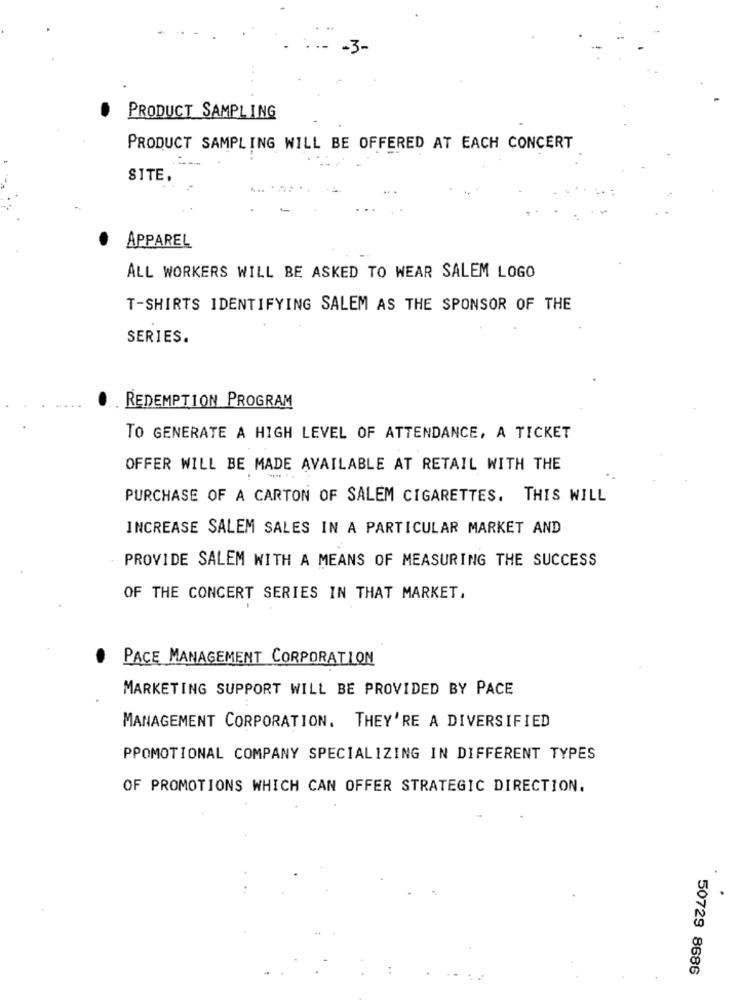
PRODUCT SAMPLING
PRODUCT SAMPLING WILL BE OFFERED AT EACH CONCERT
SITE.
APPAREL
ALL WORKERS WILL BE ASKED TO WEAR SALEM LOGO
T-SHIRTS IDENTIFYING SALEM AS THE SPONSOR OF THE
SERIES.
REDEMPTION PROGRAM
TO GENERATE A HIGH LEVEL OF ATTENDANCE, A TICKET
OFFER WILL BE MADE AVAILABLE AT RETAIL WITH THE
PURCHASE OF A CARTON OF SALEM CIGARETTES. THIS WILL
INCREASE SALEM SALES IN A PARTICULAR MARKET AND
PROVIDE SALEM WITH A MEANS OF MEASURING THE SUCCESS
OF THE CONCERT SERIES IN THAT MARKET,
PACE MANAGEMENT CORPORATION
MARKETING SUPPORT WILL BE PROVIDED BY PACE
MANAGEMENT CORPORATION. THEY'RE A DIVERSIFIED
PROMOTIONAL COMPANY SPECIALIZING IN DIFFERENT TYPES
OF PROMOTIONS WHICH CAN OFFER STRATEGIC DIRECTION.
50729 8686